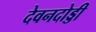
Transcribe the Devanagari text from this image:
देवनदोड्डी